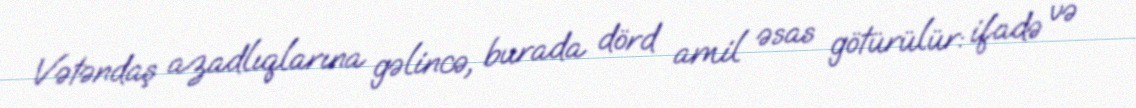
Vətəndaş azadlıqlarına gəlincə, burada dörd amil əsas götürülür: ifadə və